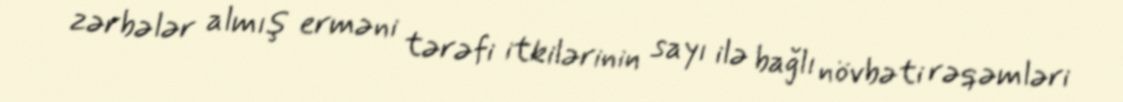
zərbələr almış erməni tərəfi itkilərinin sayı ilə bağlı növbəti rəqəmləri